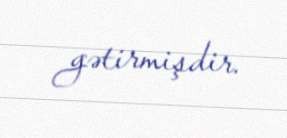
gətirmişdir.